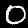
Label: 0